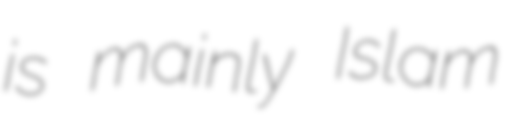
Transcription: is mainly Islam